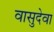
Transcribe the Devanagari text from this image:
वासुदेवा